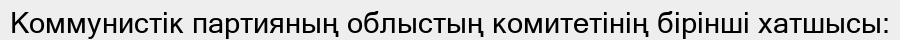
Коммунистік партияның облыстың комитетінің бірінші хатшысы: